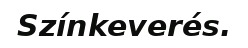
Színkeverés.